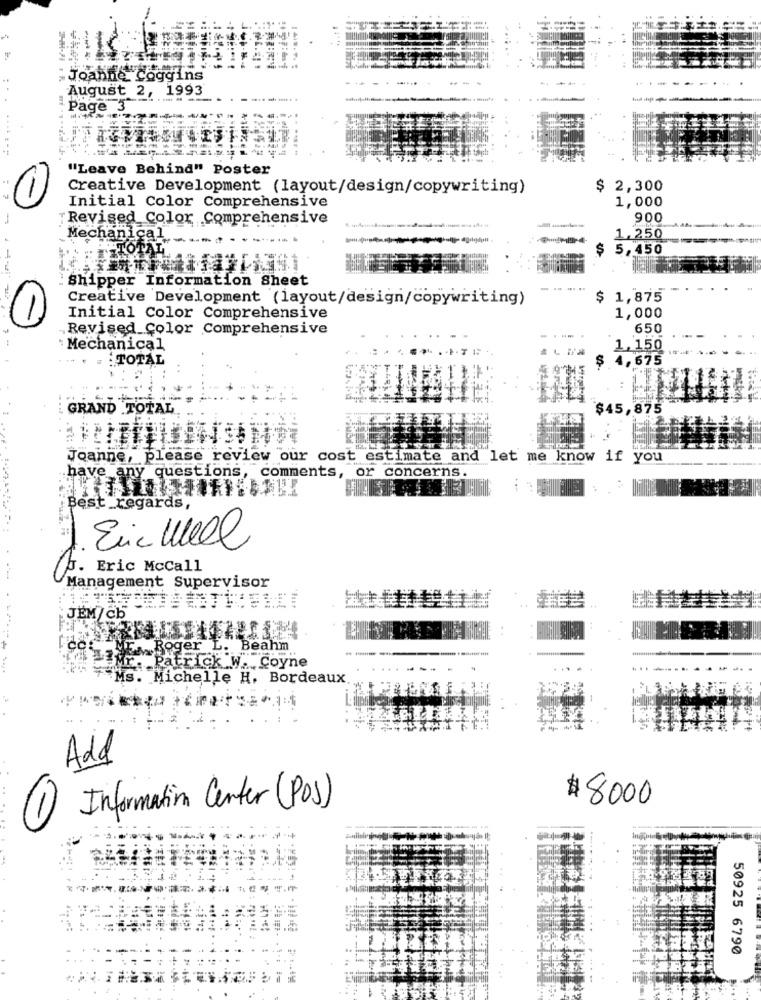
Joanne Coggins
August 2, 1993
Page 3
.. .......
"Leave Behind" Poster
Creative Development (layout/design/copywriting)
$ 2,300
1,000
Initial Color Comprehensive
-
"Revised Color Comprehensive
900
Mechanical
1,250
$ 5,450
Shipper Information Sheet
.. ..
Creative Development (layout/design/copywriting)
$ 1,875
1)
Initial Color Comprehensive
1,000
„Revised Color Comprehensive
650
Mechanical
1,150
TOTAL
4,675
GRAND TOTAL
$45,875
...
Joanne, please review our cost estimate and let me know if you
have any questions, comments, or concerns.
Best regards,
Eric Well
b. Eric McCall
Management Supervisor
JEM/Cb
cc "ur Roger L. Beahm
Mr. Patrick W. Coyne
Tus. Michelle H. Bordeaux
Add
$ 8000
Information Center (POS)
50925 6790